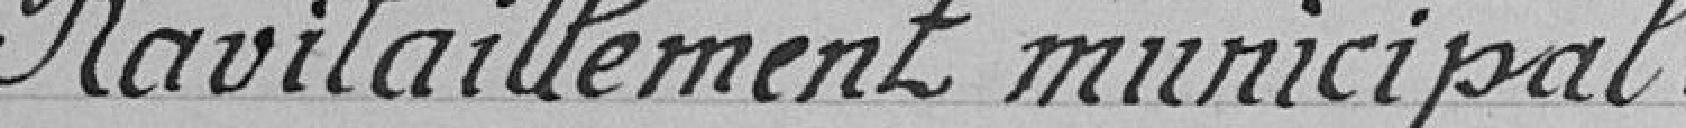
Ravitaillement municipal.